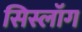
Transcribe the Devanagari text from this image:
सिस्लॉग